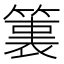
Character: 𮅶